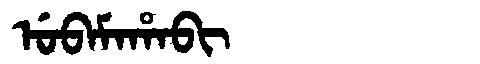
Manchu: ᡠᠪᠠᠮᠠᡥᠠᠪᡳ
Romanization: UBAMAHABI